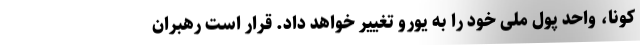
کونا، واحد پول ملی خود را به یورو تغییر خواهد داد. قرار است رهبران